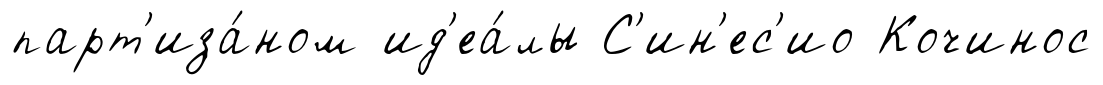
парт'иза́ном ид'еа́лы С'ин'ес'ио Кочинос